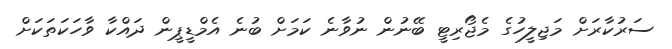
ސަރުކާރަށް މަޖިލީހުގެ މެޖޯރިޓީ ބޭނުން ނުވާނެ ކަމަށް ބުނެ އެމްޑީޕީން ދައްކާ ވާހަކަތަކަށް